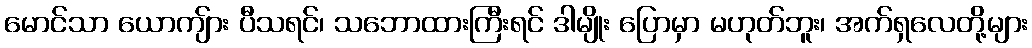
မောင်သာ ယောကျ်ား ပီသရင်၊ သဘောထားကြီးရင် ဒါမျိုး ပြောမှာ မဟုတ်ဘူး၊ အက်ရှလေတို့များ